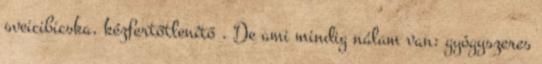
sveicibicska, kézfertőtlenítő . De ami mindig nálam van: gyógyszeres